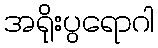
အရိုးပွရောဂါ